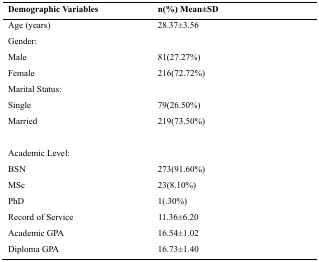
<table><thead><tr><td><b>Demographic Variables</b></td><td><b>n(%) Mean±SD</b></td></tr></thead><tbody><tr><td>Age (years)</td><td>28.37±3.56</td></tr><tr><td>Gender:</td><td></td></tr><tr><td>Male</td><td>81(27.27%)</td></tr><tr><td>Female</td><td>216(72.72%)</td></tr><tr><td>Marital Status:</td><td></td></tr><tr><td>Single</td><td>79(26.50%)</td></tr><tr><td>Married</td><td>219(73.50%)</td></tr><tr><td>Academic Level:</td><td></td></tr><tr><td>BSN</td><td>273(91.60%)</td></tr><tr><td>MSc</td><td>23(8.10%)</td></tr><tr><td>PhD</td><td>1(.30%)</td></tr><tr><td>Record of Service</td><td>11.36±6.20</td></tr><tr><td>Academic GPA</td><td>16.54±1.02</td></tr><tr><td>Diploma GPA</td><td>16.73±1.40</td></tr></tbody></table>